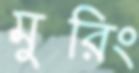
মুরিং